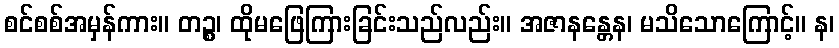
စင်စစ်အမှန်ကား။ တဉ္စ၊ ထိုမဖြေကြားခြင်းသည်လည်း။ အဇာနန္တေန၊ မသိသောကြောင့်။ န၊